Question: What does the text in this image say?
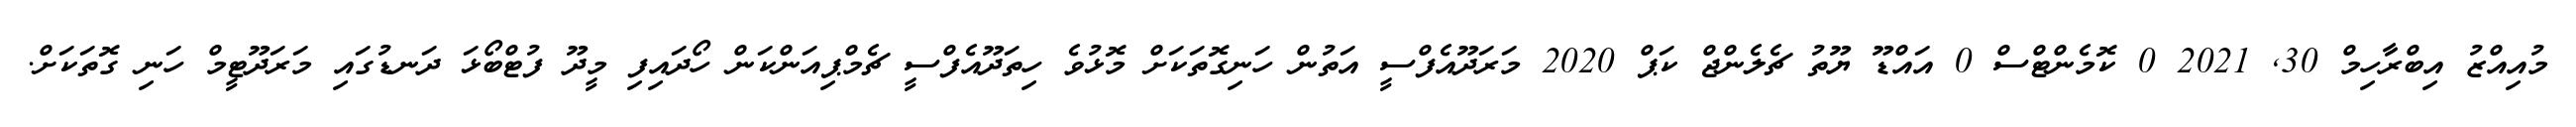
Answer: މުއިއްޒު އިބްރާހިމް 30, 2021 0 ކޮމެންޓްސް 0 އައްޑޫ ޔޫތު ޗެލެންޖް ކަޕް 2020 މަރަދޫއެފްސީ އަތުން ހަނިގޮތަކަށް މޮޅުވެ ހިތަދޫއެފްސީ ޗެމްޕިއަންކަން ހޯދައިފި މީދޫ ފުޓްބޯޅަ ދަނޑުގައި މަރަދޫޓީމް ހަނި ގޮތަކަށް.